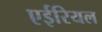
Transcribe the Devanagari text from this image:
एईरियल